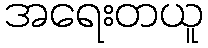
အရေးတယူ